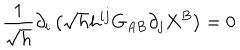
LaTeX: \frac { 1 } { \sqrt { h } } \partial _ { i } \left( \sqrt { h } h ^ { i j } G _ { A B } \partial _ { j } X ^ { B } \right) = 0